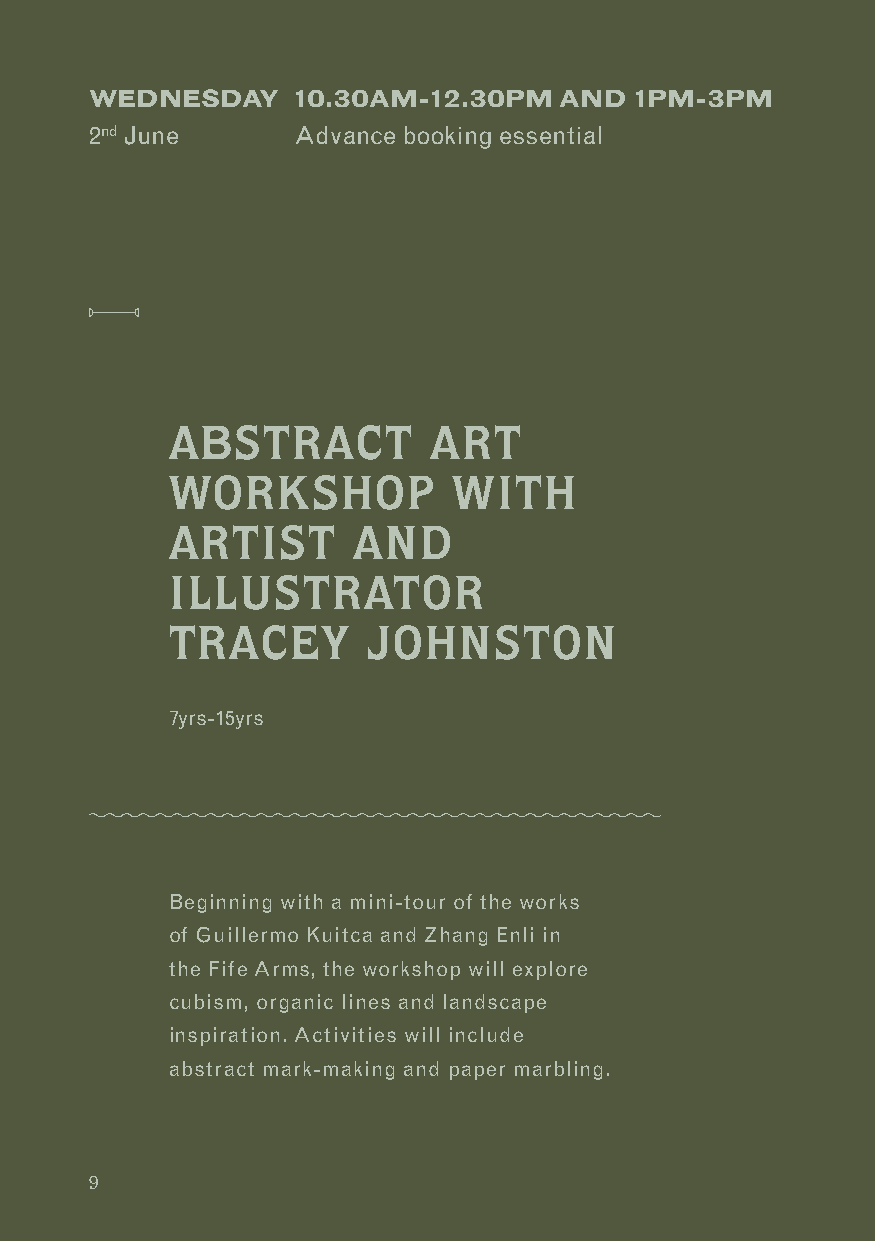
WEDNESDAY    10.30AM-12.30PM   AND  1PM-3PM
 2nd June     Advance booking essential
 ABSTRACT         ART
 WORKSHOP           WITH
 ARTIST      AND
 ILLUSTRATOR
 TRACEY       JOHNSTON
 7yrs-15yrs
 Beginning with a mini-tour of the works
 of Guillermo Kuitca and Zhang Enli in
 the Fife Arms, the workshop will explore
 cubism, organic lines and landscape
 inspiration. Activities will include
 abstract mark-making and paper marbling.
 9